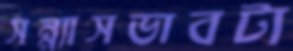
সন্ন্যাসভাবটা